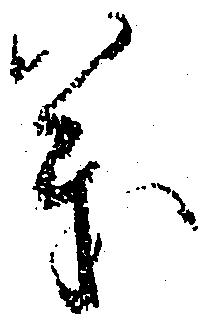
義